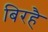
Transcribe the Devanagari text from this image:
बिरहै